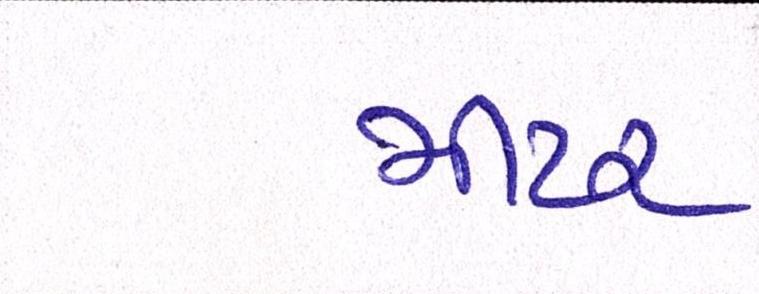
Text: મીટર